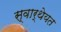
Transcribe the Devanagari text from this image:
स्वार्थेयत